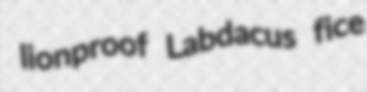
lionproof Labdacus fice